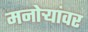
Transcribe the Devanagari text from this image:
मनोऱ्यांवर